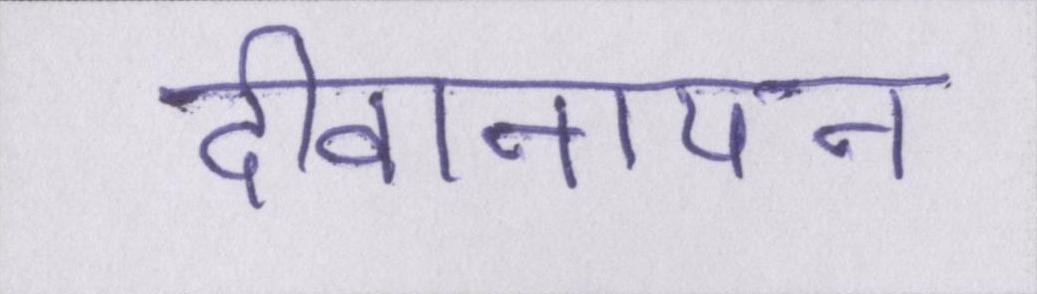
दीवानापन